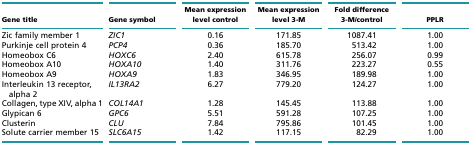
| Gene title | Gene symbol | Mean expression level control | Mean expression level 3-M | Fold difference 3-M/control | PPLR |
 | --- | --- | --- | --- | --- | --- |
 | Zic family member 1 | ZIC1 | 0.16 | 171.85 | 1087.41 | 1.00 |
 | Purkinje cell protein 4 | PCP4 | 0.36 | 185.70 | 513.42 | 1.00 |
 | Homeobox C6 | HOXC6 | 2.40 | 615.78 | 256.07 | 0.99 |
 | Homeobox A10 | HOXA10 | 1.40 | 311.76 | 223.27 | 0.55 |
 | Homeobox A9 | HOXA9 | 1.83 | 346.95 | 189.98 | 1.00 |
 | Interleukin 13 receptor, alpha 2 | IL13RA2 | 6.27 | 779.20 | 124.27 | 1.00 |
 | Collagen, type XIV, alpha 1 | COL14A1 | 1.28 | 145.45 | 113.88 | 1.00 |
 | Glypican 6 | GPC6 | 5.51 | 591.28 | 107.25 | 1.00 |
 | Clusterin | CLU | 7.84 | 795.86 | 101.45 | 1.00 |
 | Solute carrier member 15 | SLC6A15 | 1.42 | 117.15 | 82.29 | 1.00 |